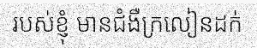
របស់ខ្ញុំ មានជំងឺក្រលៀនដក់